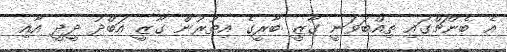
އެ ބެންޗްގައި ތިއްބަވަނީ ގާޒީ ބާރީގެ އިތުރުން ގާޒީ އަބްދު ދީދީ އާއި